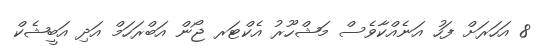
8 އަހަރަށް ފަހު އަނެއްކާވެސް މަޝްހޫރު އެކްޓަރ ޖޯން އަބްރަހަމް އަދި އަބީޝެކް